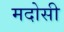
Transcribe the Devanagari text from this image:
मदोसी